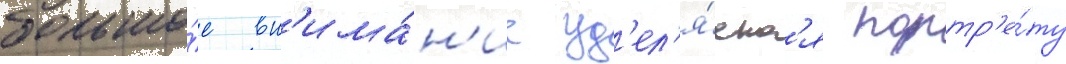
большо́е вн'има́н'ие уд'ел'я́етс'я портр'е́ту